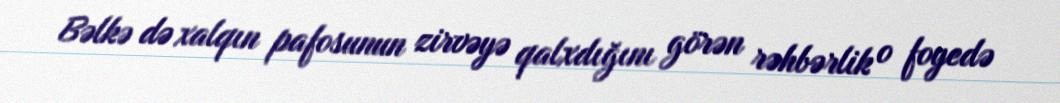
Bəlkə də xalqın pafosunun zirvəyə qalxdığını görən rəhbərlik o foyedə